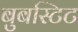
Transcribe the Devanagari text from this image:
बुबस्टिट